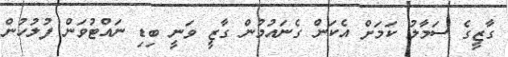
ގާޒީގެ ސަމާލު ކަމަށް އެކަން ގެނައުމުން ގާޒީ ވަނީ ބިޑި ނައްޓުވަން ފުލުހުން